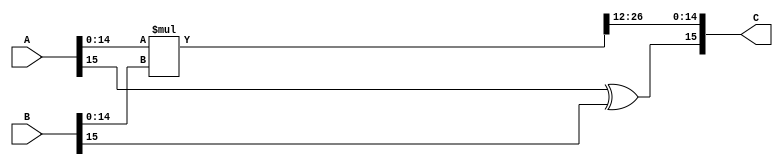
module mul (
    output [15:0] C,
    input [15:0] A,
    input [15:0] B
);

assign C[15] = A[15]^B[15]; // sign bit

wire [26:0]temp;
assign temp = A[14:0] * B[14:0] >> 12;

assign C[14:0] = temp;
    
endmodule